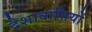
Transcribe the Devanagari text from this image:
देशावासियों